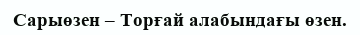
Сарыөзен – Торғай алабындағы өзен.